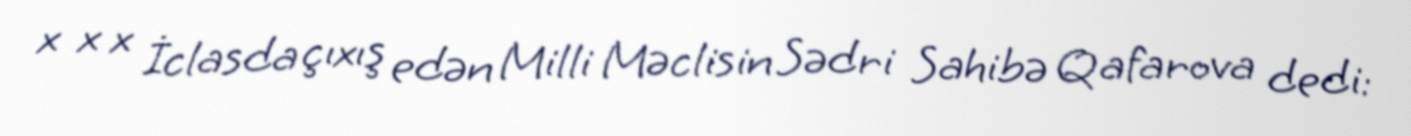
x x x İclasda çıxış edən Milli Məclisin Sədri Sahibə Qafarova dedi: